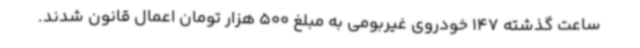
ساعت گذشته 147 خودروی غیربومی به مبلغ 500 هزار تومان اعمال قانون شدند.